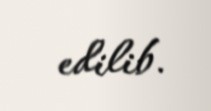
edilib.